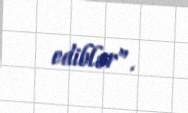
ediblər”.